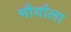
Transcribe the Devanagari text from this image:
मौर्याला